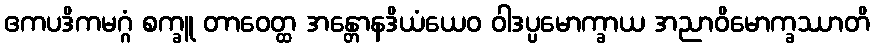
ဧကပဒိကမဂ္ဂံ စက္ခူ တာဝေတ္ထ အန္တောနဒိယံယေဝ ဝါဒပ္ပမောက္ခာယ အညာဝိမောက္ခဿာတိ